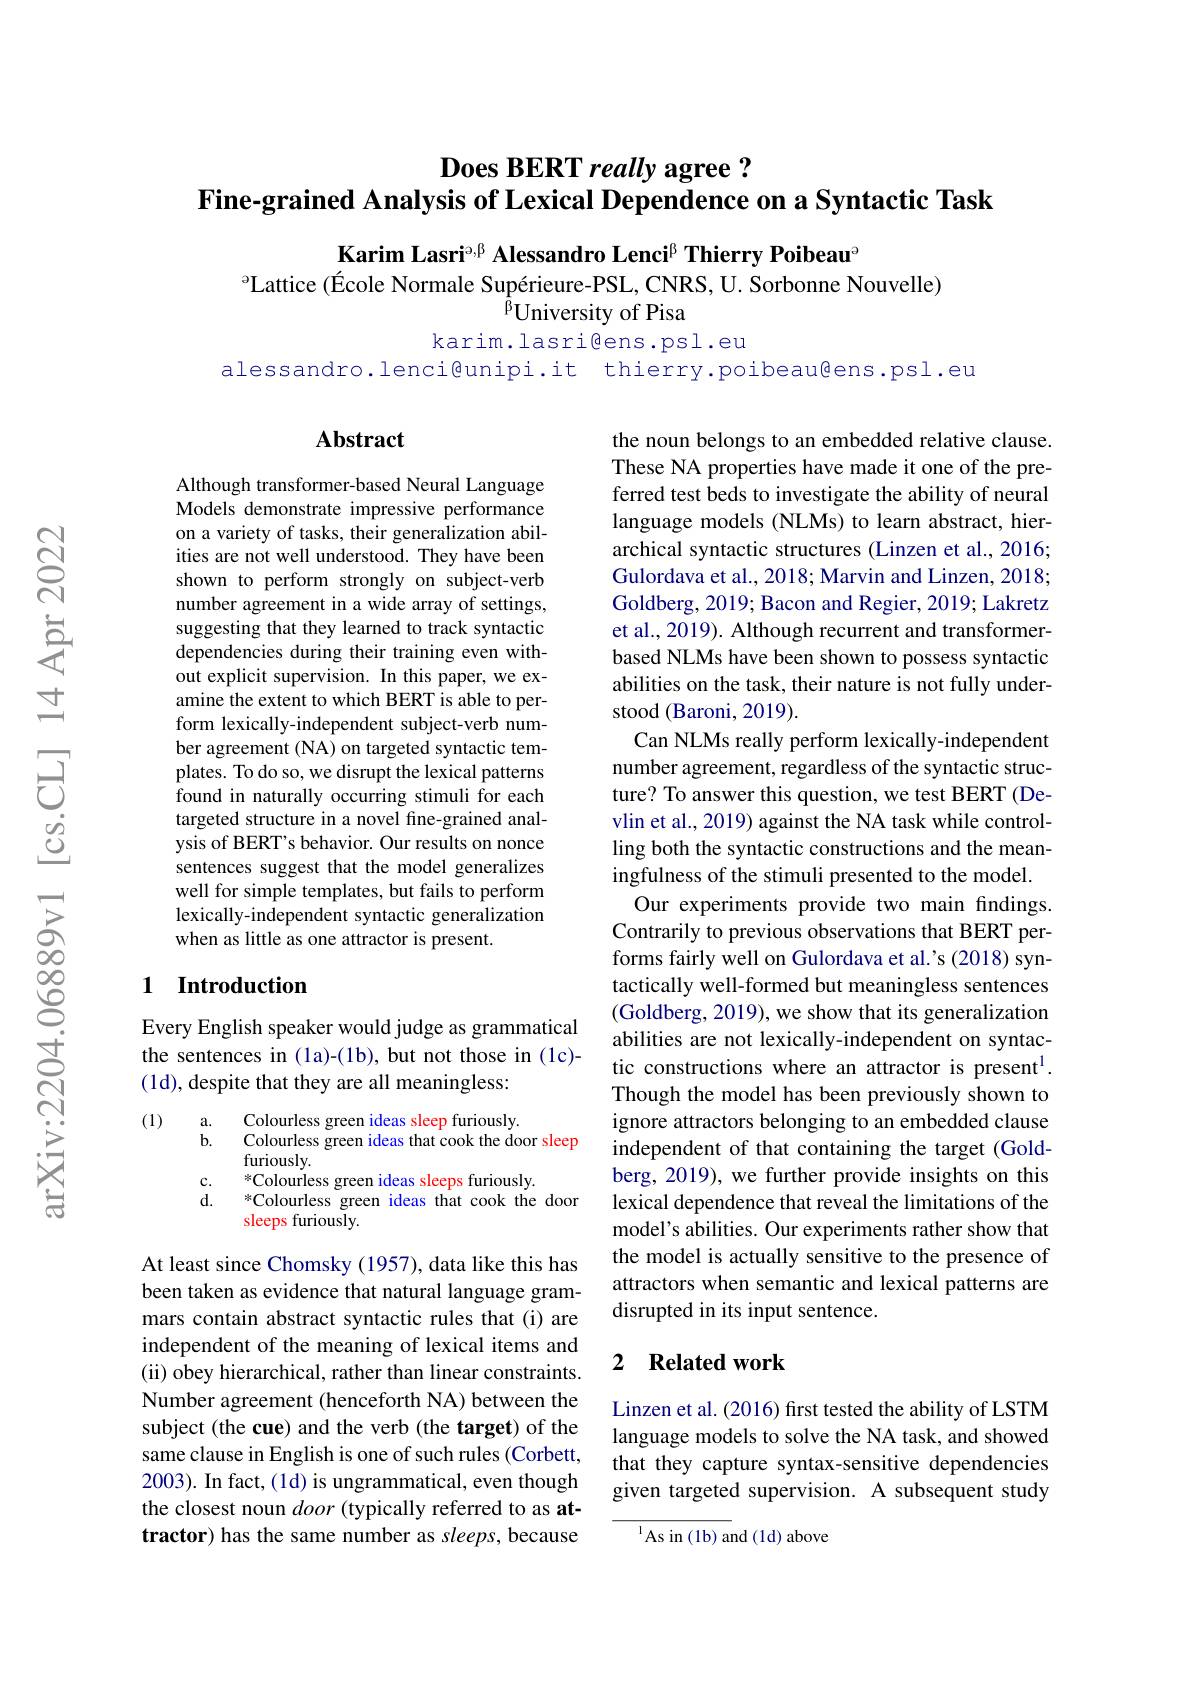
# Does BERT really agree ? Fine-grained Analysis of Lexical Dependence on a Syntactic Task

Karim Lasri$^\mathrm{o,\beta}$ Alessandro Lenci$^\mathrm{\beta}$ Thierry Poibeau$^\mathrm{o}$
$^{\mathrm{e}}$Lattice (École Normale Supérieure-PSL, CNRS, U. Sorbonne Nouvelle)
${^{\tilde{\beta}}}$University of Pisa
karim.lasri@ens.psl.eu

alessandro.lenci@unipi.it thierry.poibeau@ens.psl.eu

## Abstract

Although transformer-based Neural Language Models demonstrate impressive performance on a variety of tasks, their generalization abilities are not well understood. They have been shown to perform strongly on subject-verb number agreement in a wide array of settings, suggesting that they learned to track syntactic dependencies during their training even without explicit supervision. In this paper, we examine the extent to which BERT is able to perform lexically-independent subject-verb number agreement (NA) on targeted syntactic templates. To do so, we disrupt the lexical patterns found in naturally occurring stimuli for each targeted structure in a novel fine-grained analysis of BERT's behavior. Our results on nonce sentences suggest that the model generalizes well for simple templates, but fails to perform lexically-independent syntactic generalization when as little as one attractor is present.

the noun belongs to an embedded relative clause. These NA properties have made it one of the preferred test beds to investigate the ability of neural language models (NLMs) to learn abstract, hierarchical syntactic structures (Linzen et al., 2016; Gulordava et al., 2018; Marvin and Linzen, 2018; Goldberg, 2019; Bacon and Regier, 2019; Lakretz et al., 2019). Although recurrent and transformerbased NLMs have been shown to possess syntactic abilities on the task, their nature is not fully understood (Baroni, 2019).
Can NLMs really perform lexically-independent number agreement, regardless of the syntactic structure? To answer this question, we test BERT (Devlin et al., 2019) against the NA task while controlling both the syntactic constructions and the meaningfulness of the stimuli presented to the model
Our experiments provide two main findings. Contrarily to previous observations that BERT performs fairly well on Gulordava et al.'s (2018) syntactically well-formed but meaningless sentences (Goldberg, 2019), we show that its generalization abilities are not lexically-independent on syntactic constructions where an attractor is present$^{1}.$ Though the model has been previously shown to ignore attractors belonging to an embedded clause independent of that containing the target (Goldberg, 2019), we further provide insights on this lexical dependence that reveal the limitations of the model's abilities. Our experiments rather show that the model is actually sensitive to the presence of attractors when semantic and lexical patterns are disrupted in its input sentence.

## 1 Introduction

Every English speaker would judge as grammatical the sentences in (la)-(1b), but not those in (1c)- (1d), despite that they are all meaningless:

(1)

Colourless green ideas sleep furiously.
$\begin{array}{l}\mathrm{a.}\\\mathrm{b.}\end{array}$
Colourless green ideas that cook the door sleep
furiously.
$c.$
*Colourless green ideas sleeps furiously.
$d.$
*Colourless green ideas that cook the door
sleeps furiously.

### 2 $\textbf{Related work}$

At least since Chomsky (1957), data like this has been taken as evidence that natural language grammars contain abstract syntactic rules that (i) are independent of the meaning of lexical items and (ii) obey hierarchical, rather than linear constraints. Number agreement (henceforth NA) between the subject (the cue) and the verb (the target) of the same clause in English is one of such rules (Corbett, 2003). In fact, (1d) is ungrammatical, even though the closest noun door (typically referred to as attractor) has the same number as sleeps, because

Linzen et al. (2016) first tested the ability of LSTM language models to solve the NA task, and showed that they capture syntax-sensitive dependencies given targeted supervision. A subsequent study

$^{1}$As in (1b) and (1d) above